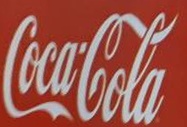
CocaCola